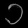
Digit: ၁